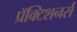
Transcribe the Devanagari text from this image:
प्रॅक्टिशनर्स